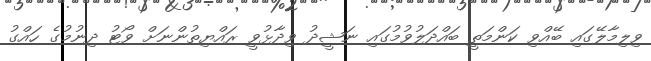
ވިލިމާލޭގައި ބޭއްވި ކަންމަތީ ބައްދަލުވުމުގައި ނަޝީދު ވިދާޅުވީ ރައްޔިތުންނަށް ވޯޓު ދިނުމުގެ ހައްގު